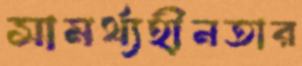
সামর্থ্যহীনতার